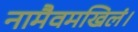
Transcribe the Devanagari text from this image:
नामैवमखिलं।